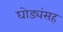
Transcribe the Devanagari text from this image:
घोड्यंसह